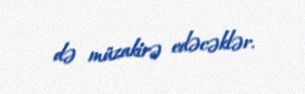
də müzakirə edəcəklər.